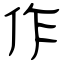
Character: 作